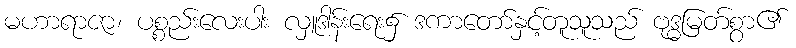
မဟာရာဇာ၊ ပစ္စည်းလေးပါး လှူဒါန်းရေး၌ ဒကာတော်နှင့်တူသူသည် ဗုဒ္ဓမြတ်စွာ၏